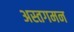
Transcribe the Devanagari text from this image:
अस्तगमन